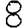
Digit: 8